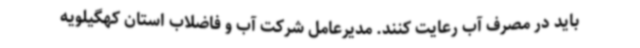
باید در مصرف آب رعایت کنند. مدیرعامل شرکت آب و فاضلاب استان کهگیلویه